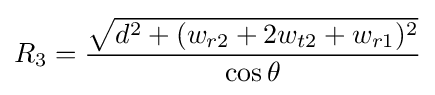
R_{3}={\frac {\sqrt {d^{2}+(w_{r2}+2w_{t2}+w_{r1})^{2}}}{\cos \theta }}